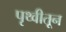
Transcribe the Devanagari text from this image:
पृथ्वीतून